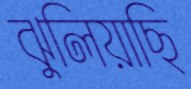
ঝুলিয়াছি